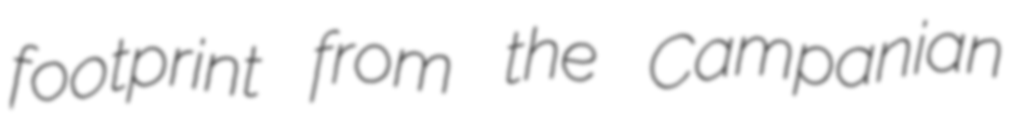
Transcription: footprint from the Campanian